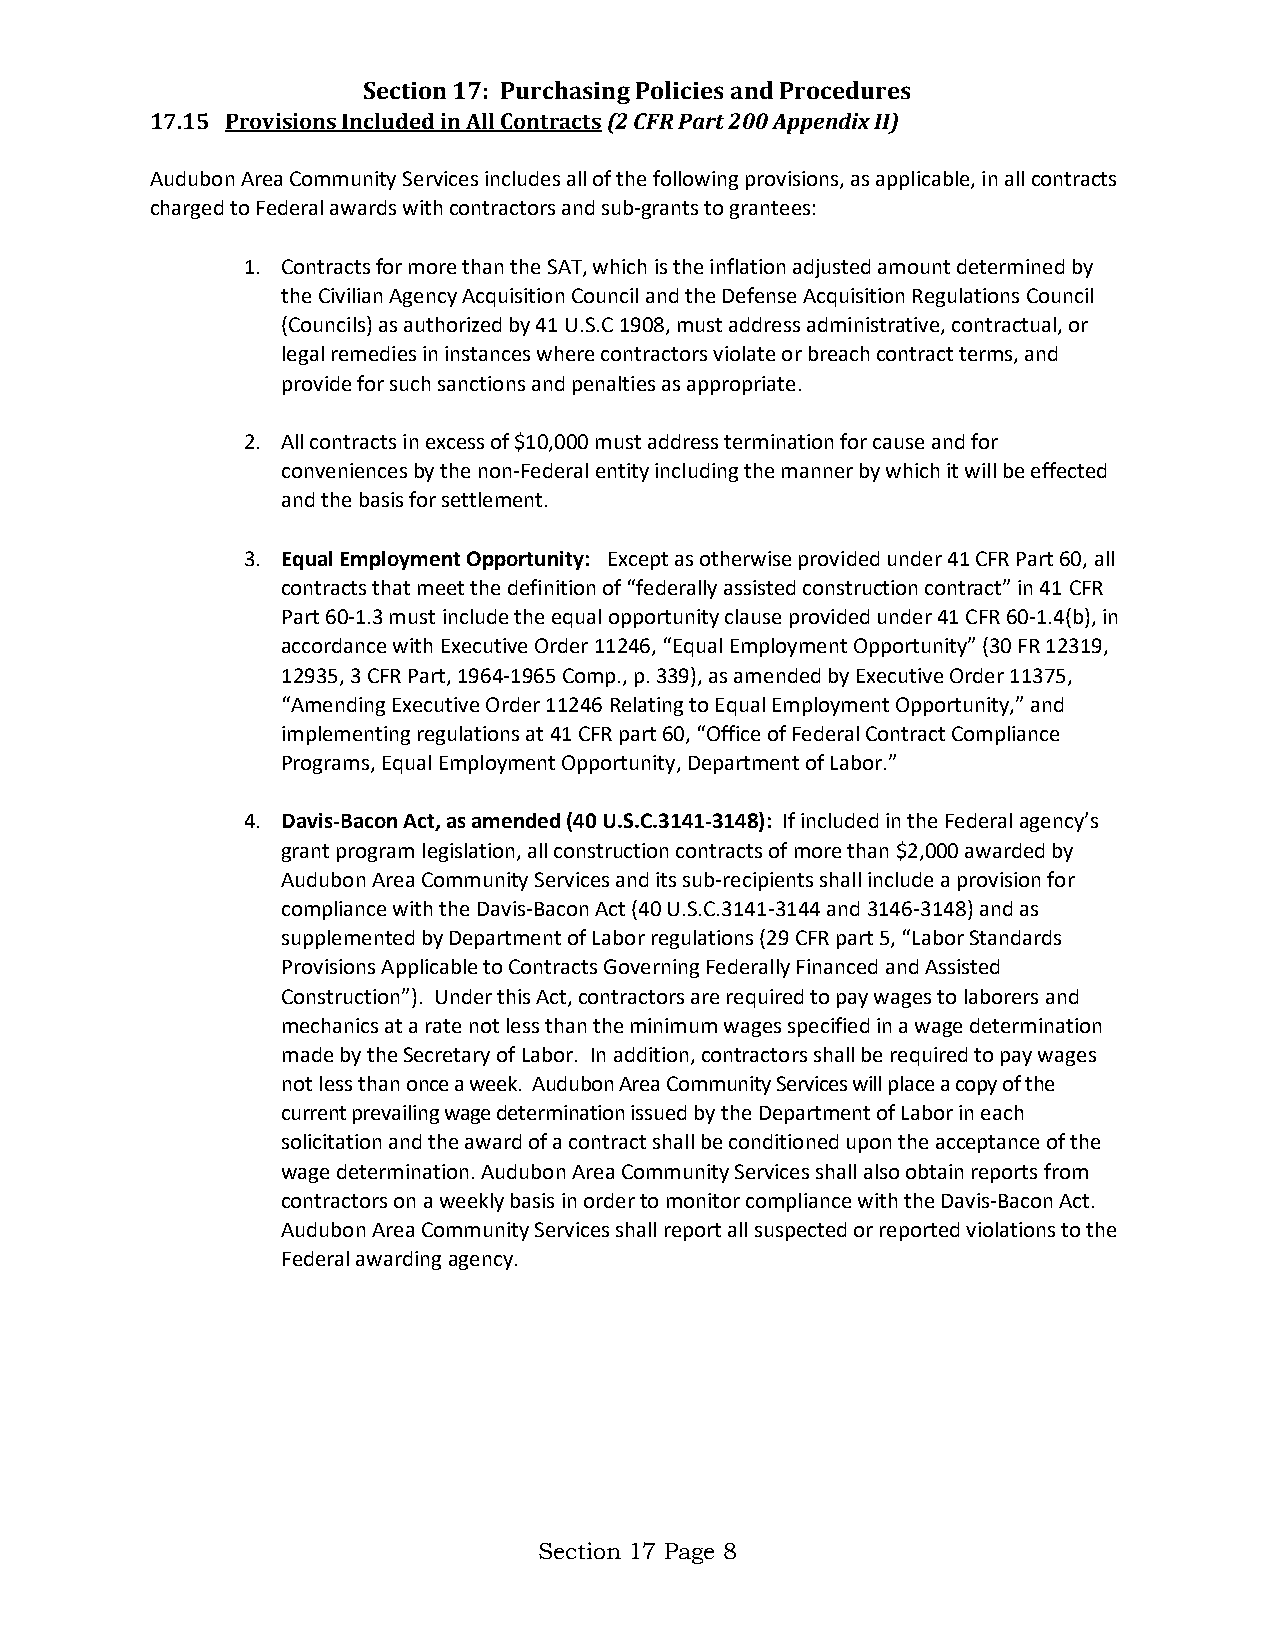
Section 17: Purchasing Policies and Procedures
 17.15 Provisions Included in All Contracts(2 CFR Part 200 Appendix II)
 Audubon Area Community Services includes all of the following provisions, as applicable, in all contracts
 charged to Federal awards with contractors and sub-grants to grantees:
 1. Contracts for more than the SAT, which is the inflation adjusted amount determined by
 the Civilian Agency Acquisition Council and the Defense Acquisition Regulations Council
 (Councils) as authorized by 41 U.S.C 1908, must address administrative, contractual, or
 legal remedies in instances where contractors violate or breach contract terms, and
 provide for such sanctions and penalties as appropriate.
 2. All contracts in excess of $10,000 must address termination for cause and for
 conveniences by the non-Federal entity including the manner by which it will be effected
 and the basis for settlement.
 3. Equal Employment Opportunity: Except as otherwise provided under 41 CFR Part 60, all
 contracts that meet the definition of “federally assisted construction contract” in 41 CFR
 Part 60-1.3 must include the equal opportunity clause provided under 41 CFR 60-1.4(b), in
 accordance with Executive Order 11246, “Equal Employment Opportunity” (30 FR 12319,
 12935, 3 CFR Part, 1964-1965 Comp., p. 339), as amended by Executive Order 11375,
 “Amending Executive Order 11246 Relating to Equal Employment Opportunity,” and
 implementing regulations at 41 CFR part 60, “Office of Federal Contract Compliance
 Programs, Equal Employment Opportunity, Department of Labor.”
 4. Davis-Bacon Act, as amended (40 U.S.C.3141-3148): If included in the Federal agency’s
 grant program legislation, all construction contracts of more than $2,000 awarded by
 Audubon Area Community Services and its sub-recipients shall include a provision for
 compliance with the Davis-Bacon Act (40 U.S.C.3141-3144 and 3146-3148) and as
 supplemented by Department of Labor regulations (29 CFR part 5, “Labor Standards
 Provisions Applicable to Contracts Governing Federally Financed and Assisted
 Construction”). Under this Act, contractors are required to pay wages to laborers and
 mechanics at a rate not less than the minimum wages specified in a wage determination
 made by the Secretary of Labor. In addition, contractors shall be required to pay wages
 not less than once a week. Audubon Area Community Services will place a copy of the
 current prevailing wage determination issued by the Department of Labor in each
 solicitation and the award of a contract shall be conditioned upon the acceptance of the
 wage determination. Audubon Area Community Services shall also obtain reports from
 contractors on a weekly basis in order to monitor compliance with the Davis-Bacon Act.
 Audubon Area Community Services shall report all suspected or reported violations to the
 Federal awarding agency.
 Section 17 Page 8